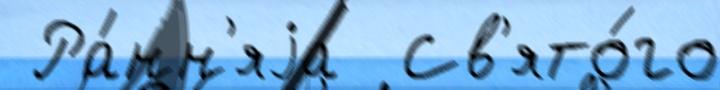
 Ра́нн'яjа  Св'ято́го